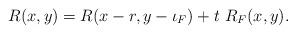
LaTeX: \begin{align*}R(x,y)=R(x-r,y-\iota_F)+t\ R_F(x,y).\end{align*}